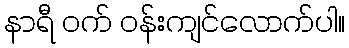
နာရီ ဝက် ဝန်းကျင်လောက်ပါ။